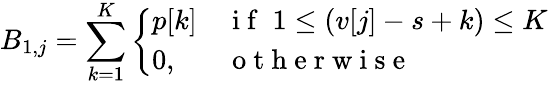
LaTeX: B_{1,j}=\sum_{k=1}^{K}\left\{ \begin{array}{ll}{p[k]}&{\mathrm{~i~f~}\; 1\leq(v[j]-s+k)\leq K}\\ {0,}&{\mathrm{~o~t~h~e~r~w~i~s~e~}}\end{array}\right.